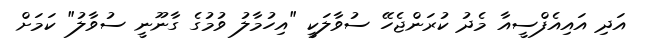
އަދި އައިއެފްސީއާ މެދު ކުރަންޖެހޭ ސުވާލަކީ "އިހުމާލު ވުމުގެ ގާނޫނީ ސުވާލު" ކަމަށް